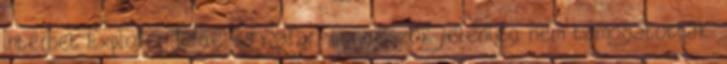
Internet Explorer, Edge és Safari böngészők jelenleg nem támogatottak.